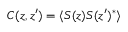
C ( z , z ^ { \prime } ) = \langle S ( z ) S ( z ^ { \prime } ) ^ { \ast } \rangle